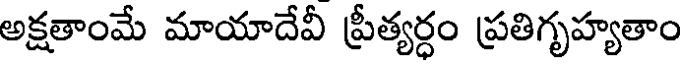
అక్షతాంమే మాయాదేవీ ప్రీత్యర్ధం ప్రతిగృహ్యతాం